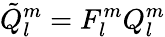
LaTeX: \tilde{Q}_{l}^{m}=F_{l}^{m}{Q}_{l}^{m}